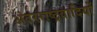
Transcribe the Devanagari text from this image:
अंतरराष्ट्रवादियों